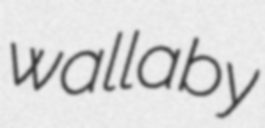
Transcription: wallaby